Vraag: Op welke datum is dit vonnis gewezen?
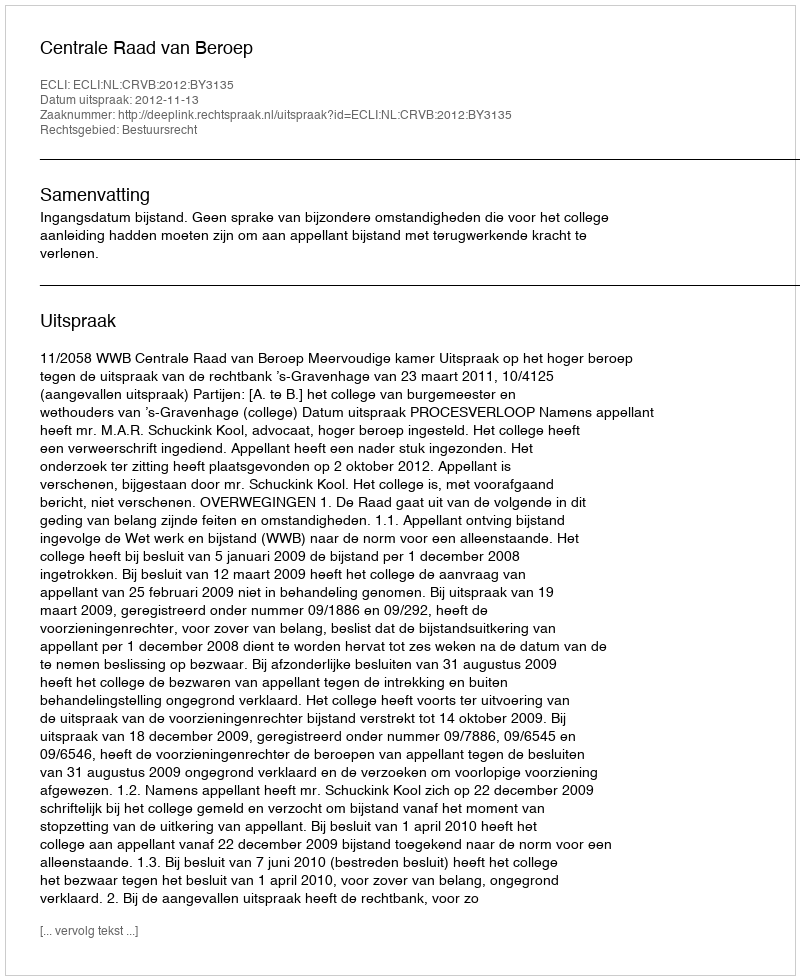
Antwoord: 2012-11-13